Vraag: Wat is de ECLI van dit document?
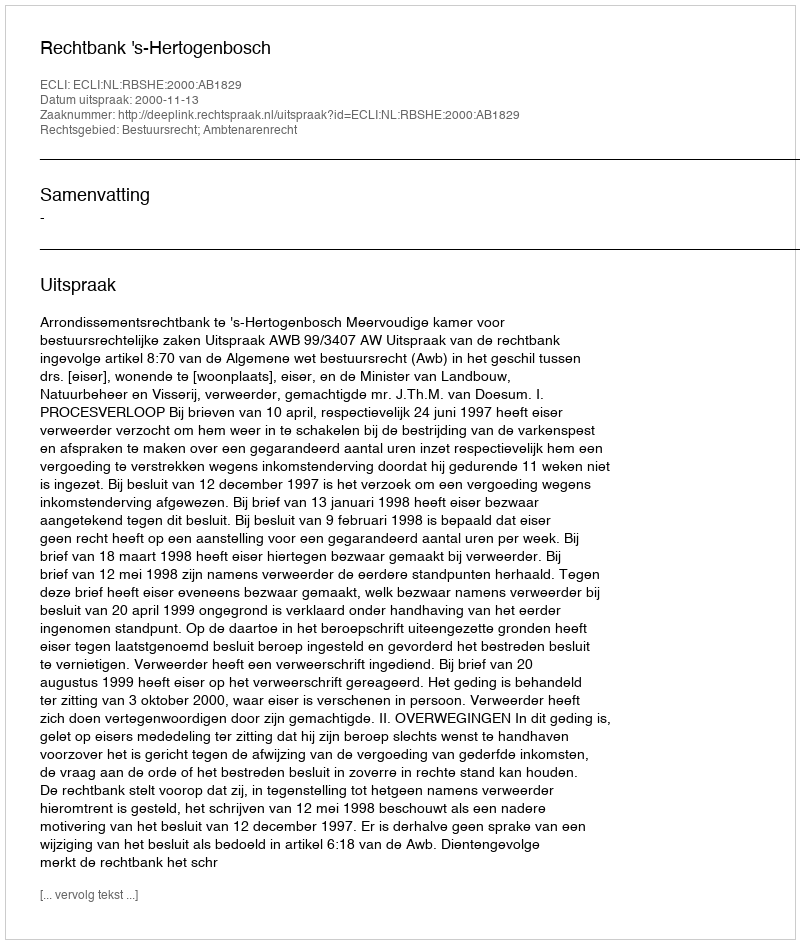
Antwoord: ECLI:NL:RBSHE:2000:AB1829